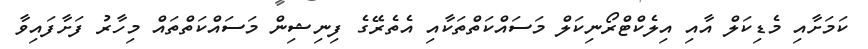
ކަމަށާއި މެޑިކަލް އާއި އިލެކްޓްރޯނިކަލް މަސައްކަތްތަކާއި އެތެރޭގެ ފިނިޝިން މަސައްކަތްތައް މިހާރު ފަށާފައިވާ